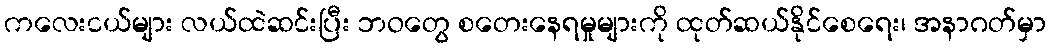
ကလေးငယ်များ လယ်ထဲဆင်းပြီး ဘဝတွေ စတေးနေရမှုများကို ထုတ်ဆယ်နိုင်စေရေး၊ အနာဂတ်မှာ